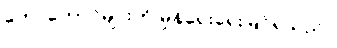
တောတောင်များကို မှုန်ရေးရေးမြင်ရသည်။